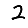
Digit: 2